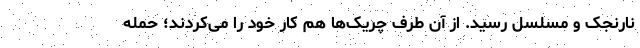
نارنجک و مسلسل رسید. از آن طرف چریک‌ها هم کار خود را می‌کردند؛ حمله